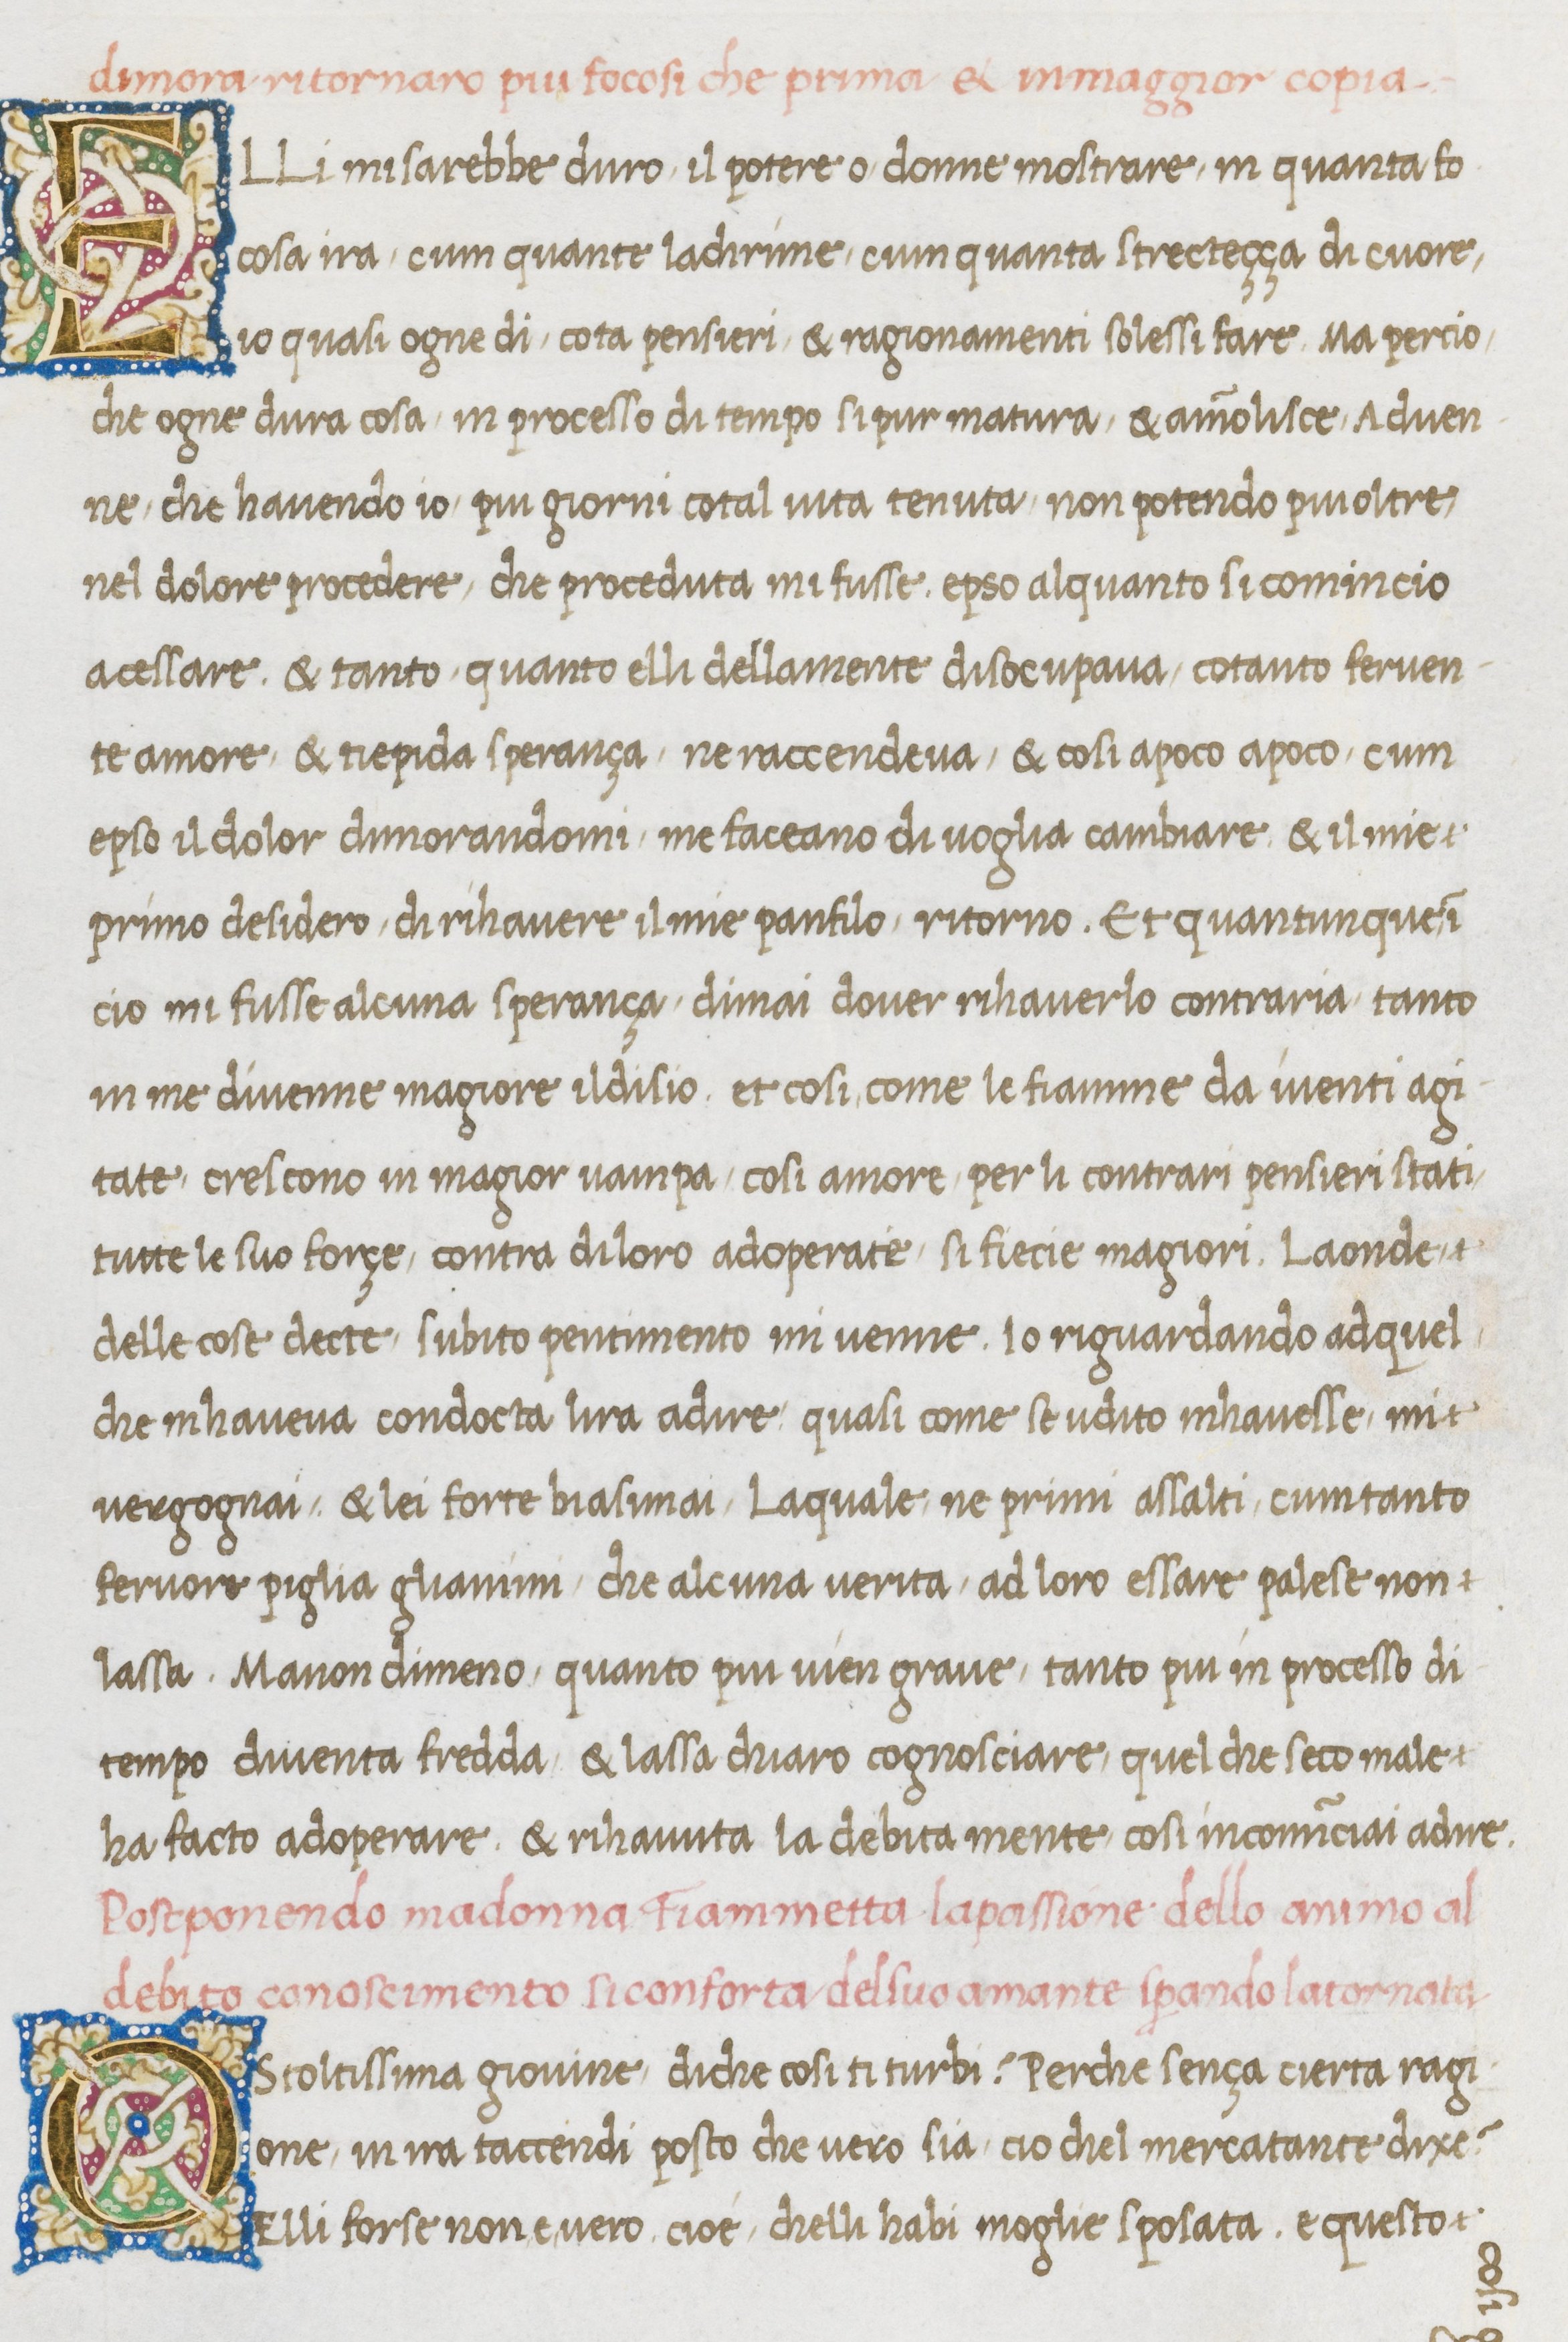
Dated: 1467–1467